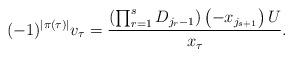
LaTeX: \begin{align*} (-1)^{|\pi(\tau)|}v_{\tau}=\dfrac{ \left(\prod_{r=1}^{s}D_{j_{r}-1} \right) \left( -x_{j_{s+1}}\right) U }{x_{\tau}}.\end{align*}